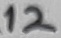
Text: 12